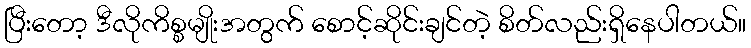
ပြီးတော့ ဒီလိုကိစ္စမျိုးအတွက် စောင့်ဆိုင်းချင်တဲ့ စိတ်လည်းရှိနေပါတယ်။